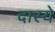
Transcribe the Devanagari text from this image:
दास्ये